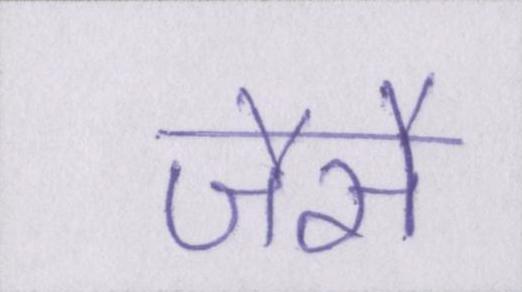
जैसै